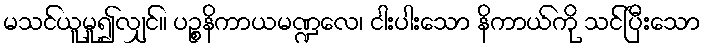
မသင်ယူမူ၍လျှင်။ ပဉ္စနိကာယမဏ္ဍလေ၊ ငါးပါးသော နိကာယ်ကို သင်ပြီးသော